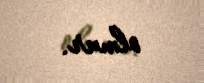
olmur.